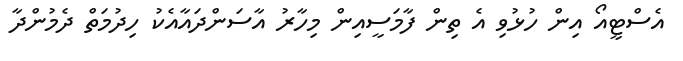
އެސްޓީއޯ އިން ހުޅުވި އެ ތިން ފާމަސީއިން މިހާރު އާސަންދައާއެކު ހިދުމަތް ދެމުންދާ